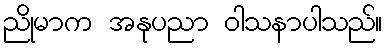
ညိုမာက အနုပညာ ဝါသနာပါသည်။